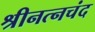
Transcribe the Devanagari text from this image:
श्रीनत्नचंद